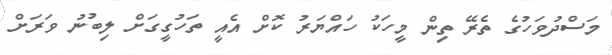
މަސްދުވަހުގެ ތެރޭ ތިން މީހަކު ހައްޔަރު ކޮށް އެއީ ތަހުގީގަށް ލިބުނު ވަރަށް